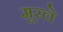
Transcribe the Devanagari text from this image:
मूरले